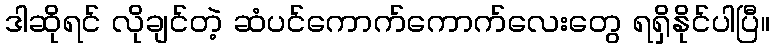
ဒါဆိုရင် လိုချင်တဲ့ ဆံပင်ကောက်ကောက်လေးတွေ ရရှိနိုင်ပါပြီ။